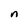
Character: n